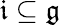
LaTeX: {\mathfrak{i}}\subseteq{\mathfrak{g}}